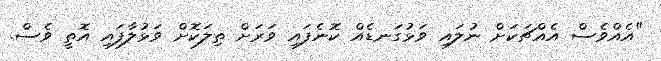
"އެއްވެސް އެއްޗަކަށް ނުލައި ވަޅުގަނޑެއް ކޮނެފައި ވަރަށް ތިލަކޮށް ވަޅުލާފައި އޮތީ ވެސް.